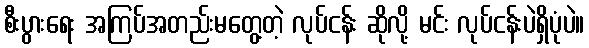
စီးပွားရေး အကြပ်အတည်းမတွေ့တဲ့ လုပ်ငန်း ဆိုလို့ မင်း လုပ်ငန်းပဲရှိပုံပဲ။